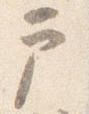
戸